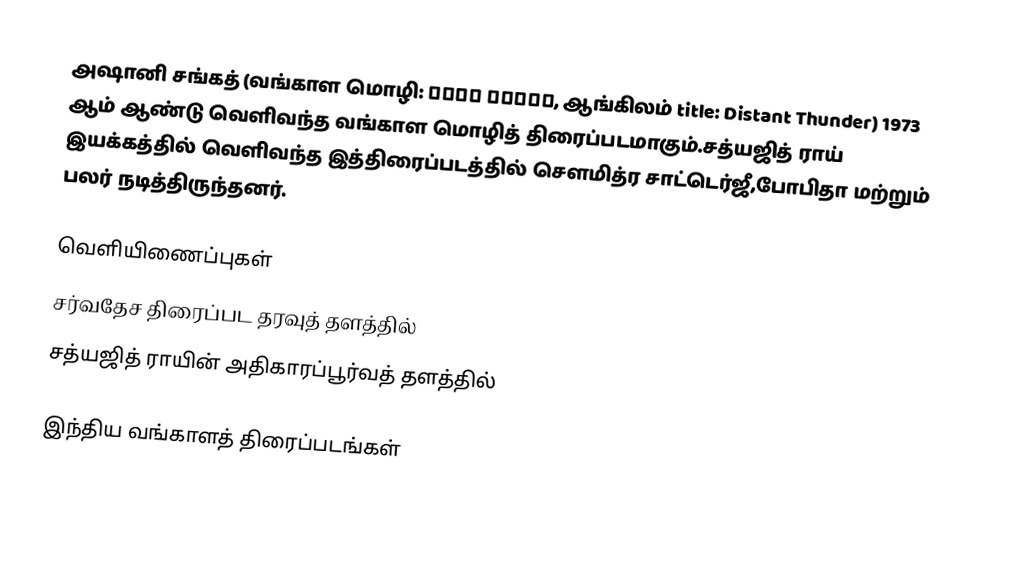
அஷானி சங்கத் (வங்காள மொழி: অশনি সংকেত, ஆங்கிலம் title: Distant Thunder) 1973 ஆம் ஆண்டு வெளிவந்த வங்காள மொழித் திரைப்படமாகும்.சத்யஜித் ராய் இயக்கத்தில் வெளிவந்த இத்திரைப்படத்தில் சௌமித்ர சாட்டெர்ஜீ,போபிதா மற்றும் பலர் நடித்திருந்தனர்.

வெளியிணைப்புகள்
சர்வதேச திரைப்பட தரவுத் தளத்தில்
  சத்யஜித் ராயின் அதிகாரப்பூர்வத் தளத்தில்

இந்திய வங்காளத் திரைப்படங்கள்